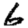
Digit: 6